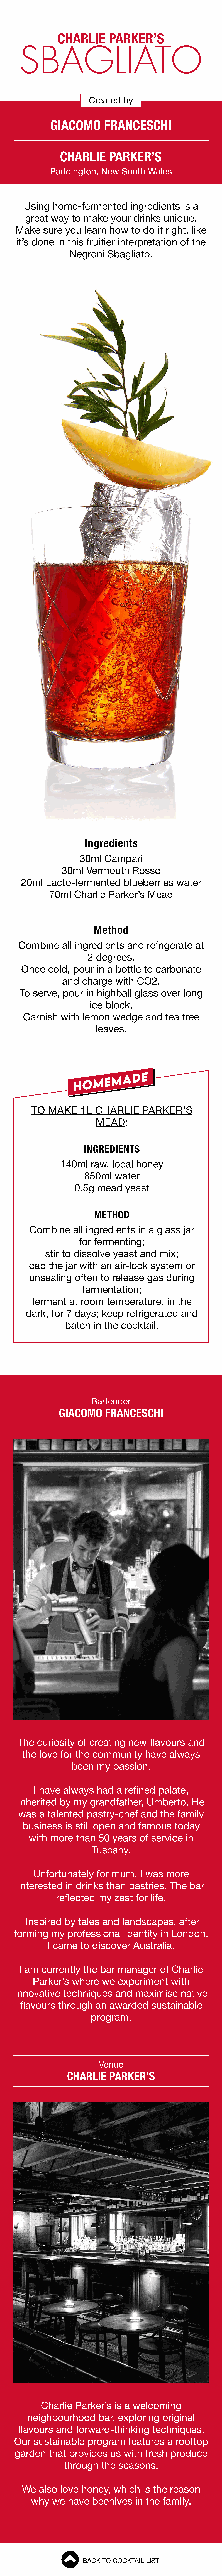
CHARLIE            PARKER’S
 SBAGLIATO
 Created      by
 GIACOMO            FRANCESCHI
 CHARLIE           PARKER’S
 Paddington,        New     South     Wales
 Using     home-fermented               ingredients         is a
 great     way     to  make      your    drinks      unique.
 Make      sure    you    learn    how      to  do   it right,    like
 it’s  done     in  this   fruitier    interpretation         of  the
 Negroni       Sbagliato.
 Ingredients
 30ml      Campari
 30ml     Vermouth         Rosso
 20ml     Lacto-fermented              blueberries        water
 70ml     Charlie      Parker’s       Mead
 Method
 Combine         all  ingredients        and    refrigerate       at
 2  degrees.
 Once      cold,    pour     in  a  bottle    to   carbonate
 and    charge       with    CO2.
 To   serve,     pour     in  highball      glass     over    long
 ice   block.
 Garnish       with    lemon       wedge       and    tea   tree
 leaves.
 TO    MAKE        1L   CHARLIE           PARKER’S
 MEAD:
 INGREDIENTS
 140ml       raw,   local    honey
 850ml      water
 0.5g    mead      yeast
 METHOD
 Combine         all  ingredients        in  a  glass     jar
 for   fermenting;
 stir  to  dissolve       yeast     and    mix;
 cap    the   jar  with    an   air-lock      system       or
 unsealing        often    to   release     gas    during
 fermentation;
 ferment       at  room     temperature,           in  the
 dark,    for   7  days;     keep     refrigerated        and
 batch      in the    cocktail.
 Bartender
 GIACOMO          FRANCESCHI
 The     curiosity      of  creating      new     flavours      and
 the   love    for   the   community           have     always
 been      my    passion.
 I have     always       had    a  refined      palate,
 inherited      by   my    grandfather,         Umberto.         He
 was     a  talented      pastry-chef         and    the    family
 business        is  still open      and    famous        today
 with    more     than    50    years     of  service      in
 Tuscany.
 Unfortunately           for  mum,       I was    more
 interested       in  drinks     than     pastries.      The    bar
 reflected      my    zest    for   life.
 Inspired       by   tales    and    landscapes,          after
 forming       my    professional         identity     in  London,
 I came      to  discover       Australia.
 I am    currently       the   bar    manager        of  Charlie
 Parker’s       where      we    experiment         with
 innovative        techniques          and    maximise         native
 flavours       through      an   awarded         sustainable
 program.
 Venue
 CHARLIE        PARKER’S
 Charlie      Parker’s      is  a  welcoming
 neighbourhood             bar,    exploring       original
 flavours      and    forward-thinking            techniques.
 Our    sustainable         program        features       a  rooftop
 garden       that    provides       us   with    fresh    produce
 through      the    seasons.
 We    also    love    honey,      which      is  the   reason
 why     we    have     beehives        in  the   family.
 BACK   TO  COCKTAIL    LIST